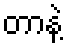
တာနဲ့